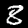
Digit: 8